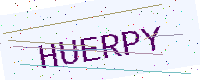
Text: HUERPY